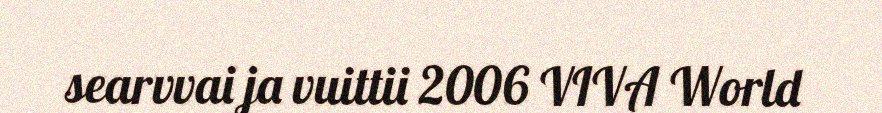
searvvai ja vuittii 2006 VIVA World